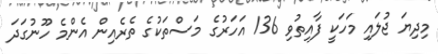
މިދިޔަ ޖުލައި މަހަކީ ފާއިތުވި 136 އަހަރުގެ މަސްތަކުގެ ތެރެއިން އެންމެ ހޫނުގަދަ